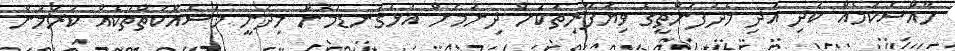
ހާއްސަކަމެއް ކުދި އަދި މެދުފަންތީގެ ވިޔަފާރިތަކަށް ދިނުމަށް އަޅުގަނޑުމެން މިދަނީ މަސައްކަތްތަކެއް ކުރަމުން